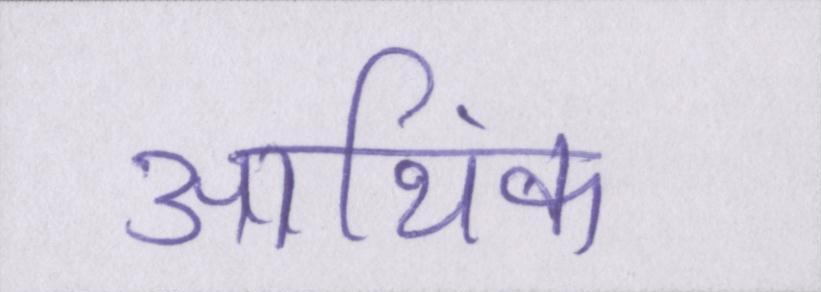
आथि॑क